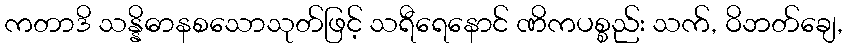
ကတာဒိ သန္နိဓာနစသောသုတ်ဖြင့် သရီရေနောင် ဏိကပစ္စည်း သက်, ဝိဘတ်ချေ,